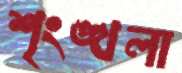
শৃংঙ্খলা